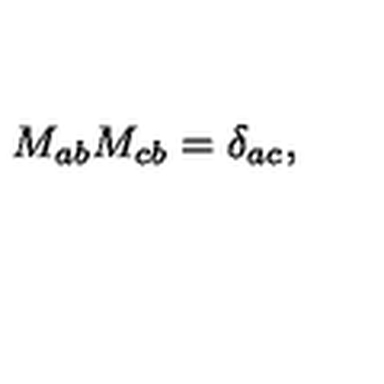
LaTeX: M _ { a b } M _ { c b } = \delta _ { a c } ,